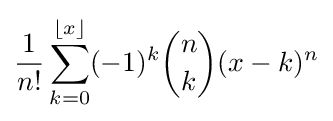
{\frac {1}{n!}}\sum _{k=0}^{\lfloor x\rfloor }(-1)^{k}{\binom {n}{k}}(x-k)^{n}